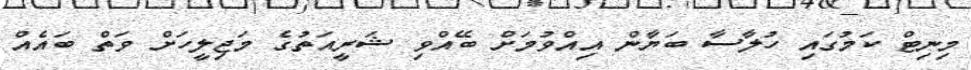
މިނިޓް ކަމުގައި ހުލާސާ ބަޔާން އިއްވުމަށް ބޭއްވި ޝަރީއަތުގެ މަޖިލީހަށް ވަތް ބައެއް